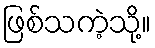
ဖြစ်သကဲ့သို့။